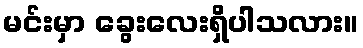
မင်းမှာ ခွေးလေးရှိပါသလား။